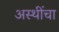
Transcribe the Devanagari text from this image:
अस्थींचा